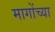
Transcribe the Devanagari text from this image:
मागोंच्या